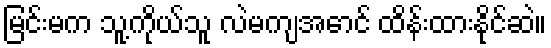
မြင်းမက သူ့ကိုယ်သူ လဲမကျအောင် ထိန်းထားနိုင်ဆဲ။